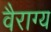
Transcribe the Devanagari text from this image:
वैराग्‍य